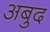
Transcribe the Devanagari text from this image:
अबुद